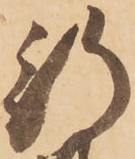
行